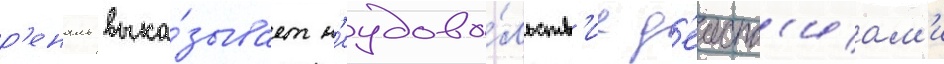
р'еналь выка́зывает н'еудово́льств'ие д'еиств'иам'и